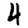
Digit: 4